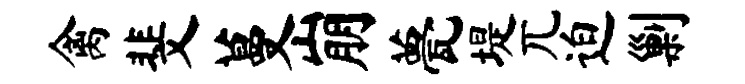
禽斐蔓崩甍堤兀迫剿